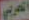
العربي